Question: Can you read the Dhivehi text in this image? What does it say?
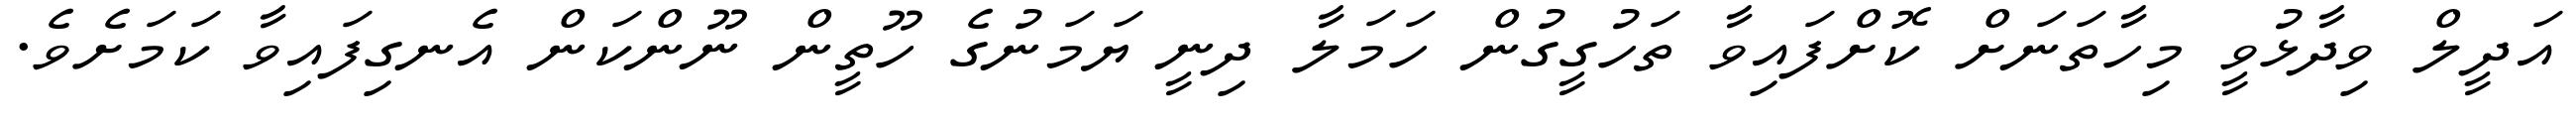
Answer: އަދީލް ވިދާޅުވީ މިހާތަނަށް ކޮށްފައިވާ ތަހުގީގުން ހަމަލާ ދިނީ ޔަމަނުގެ ހޫތީން ނޫންކަން އެނގިފައިވާ ކަމަށެވެ.